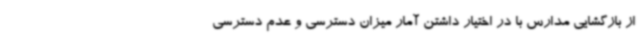
از بازگشایی مدارس با در اختیار داشتن آمار میزان دسترسی و عدم دسترسی